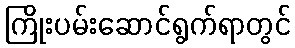
ကြိုးပမ်းဆောင်ရွက်ရာတွင်